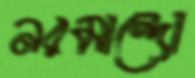
নরমান্দো